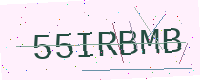
Text: 55IRBMB